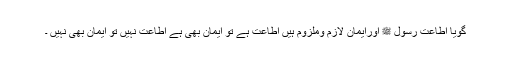
گویا اطاعتِ رسول ﷺ اورایمان لازم وملزوم ہیں اطاعت ہے تو ایمان بھی ہے اطاعت نہیں تو ایمان بھی نہیں ۔